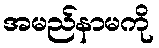
အမည်နာမကို